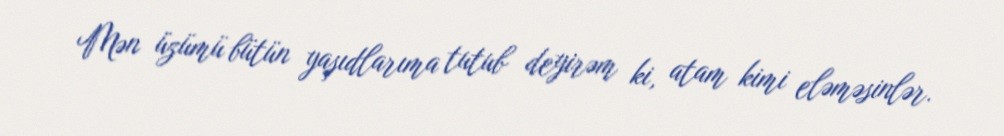
Mən üzümü bütün yaşıdlarıma tutub deyirəm ki, atam kimi eləməsinlər.